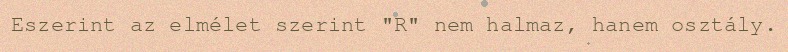
Eszerint az elmélet szerint "R" nem halmaz, hanem osztály.